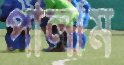
পালাম